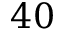
4 0